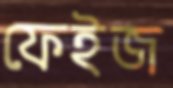
ফেইজ